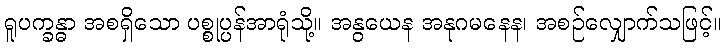
ရူပက္ခန္ဓာ အစရှိသော ပစ္စုပ္ပန်အာရုံသို့။ အနွယေန အနုဂမနေန၊ အစဉ်လျှောက်သဖြင့်။